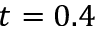
t = 0 . 4